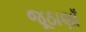
જૂઠાણાઁ